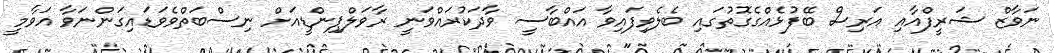
ނަވާޒް ޝަރީފްއާއި އަރިސް ބޭފުޅެއްގެގޮތުގައި ބެލެވިފައިވާ އައްބާސީ ވާދަކުރައްވަނީ ރާވަލްޕިންޑީއަށް ނިސްބަތްވެވަޑައިގަންނަވާ އަވާމީ